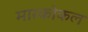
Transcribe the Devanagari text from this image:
मारकोकल